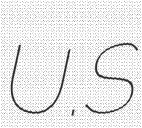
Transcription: U.S